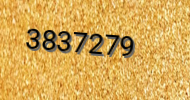
3837279